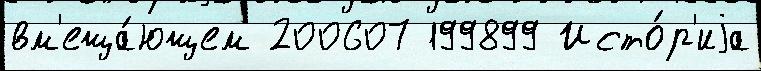
вм'еща́ющем 200607 199899 Исто́р'иjа